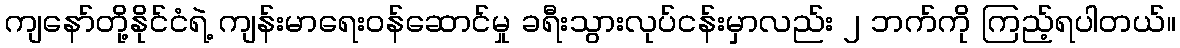
ကျနော်တို့နိုင်ငံရဲ့ ကျန်းမာရေးဝန်ဆောင်မှု ခရီးသွားလုပ်ငန်းမှာလည်း ၂ ဘက်ကို ကြည့်ရပါတယ်။